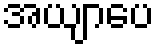
အယျာပေ